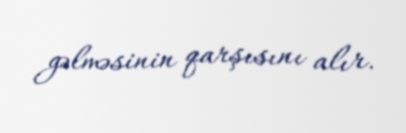
gəlməsinin qarşısını alır.